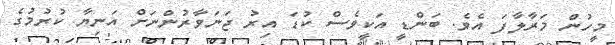
މީހުން މަރާލާފަ އެވެ. ބަންޑީ އަކީވެސް ކުޑަ އިރު ޖަނަވާރުންނަށް އަނިޔާ ކުރުމުގެ